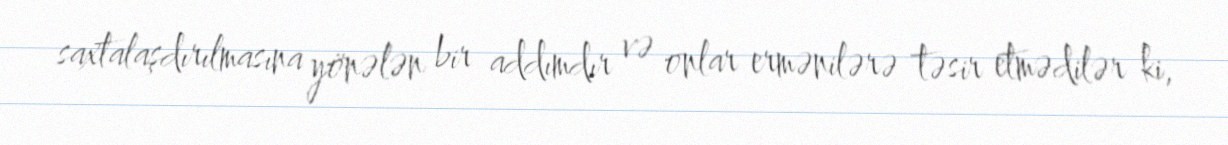
saxtalaşdırılmasına yönələn bir addımdır və onlar ermənilərə təsir etmədilər ki,